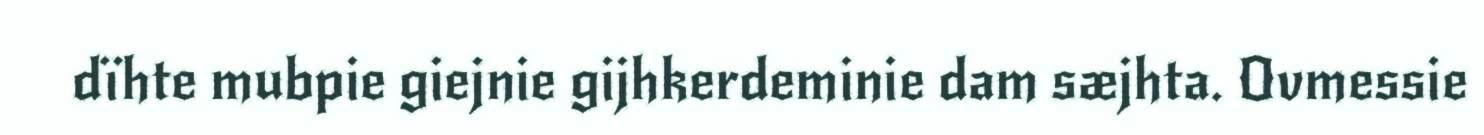
dïhte mubpie giejnie gijhkerdeminie dam sæjhta. Ovmessie